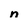
Character: n